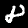
Label: 8